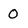
Character: 0